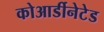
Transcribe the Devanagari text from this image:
कोआर्डीनेटेड